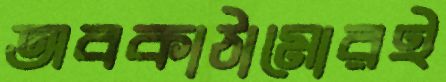
অবকাঠামোরই